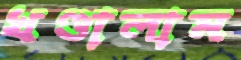
খণ্ডালাম